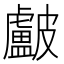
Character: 𥀵